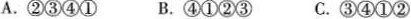
A. ②③④① B. ④①②③ C.③④①②